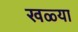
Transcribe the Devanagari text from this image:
खळ्या